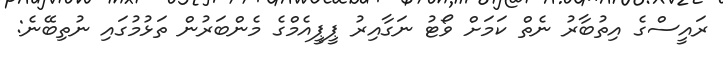
ރައީސްގެ އިތުބާރު ނެތް ކަމަށް ވޯޓު ނަގާއިރު ޕީޕީއެމްގެ މެންބަރުން ތަޅުމުގައި ނުތިބޭނެ: